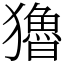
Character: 𤣃